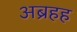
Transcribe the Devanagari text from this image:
अब्रहह